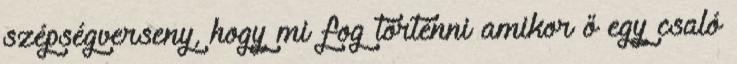
szépségverseny, hogy mi fog történni amikor ő egy csaló